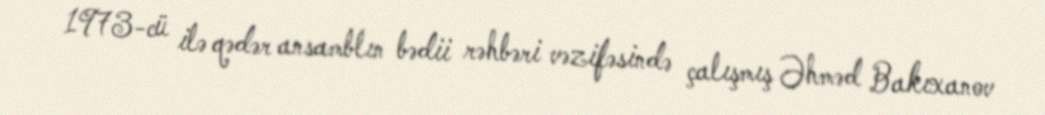
1973-cü ilə qədər ansamblın bədii rəhbəri vəzifəsində çalışmış Əhməd Bakıxanov